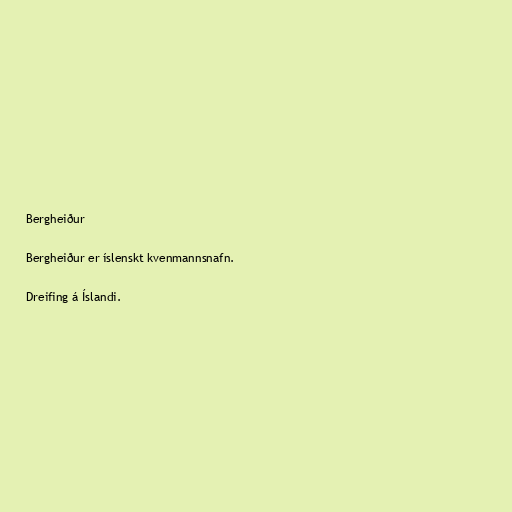
Bergheiður

Bergheiður er íslenskt kvenmannsnafn.

Dreifing á Íslandi.